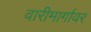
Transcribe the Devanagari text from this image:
वारीमार्गावर